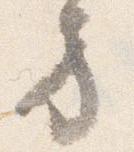
方